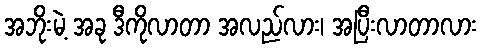
အဘိုးမဲ့ အခု ဒီကိုလာတာ အလည်လား၊ အပြီးလာတာလား